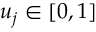
u _ { j } \in [ 0 , 1 ]